Problem: 5 × 5 = ?
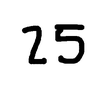
Handwritten answer: 25